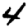
Digit: 4